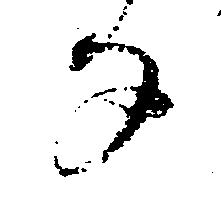
な